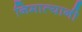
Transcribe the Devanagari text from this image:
निमात्यानी